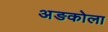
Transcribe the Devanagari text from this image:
अङकोला